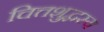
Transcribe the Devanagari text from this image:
चित्तशुद्धस्य